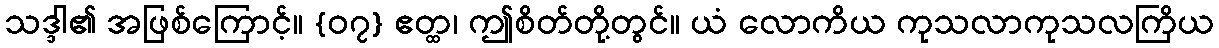
သဒ္ဒါ၏ အဖြစ်ကြောင့်။ {၀၇} ဧတ္ထ၊ ဤစိတ်တို့တွင်။ ယံ လောကိယ ကုသလာကုသလကြိယ